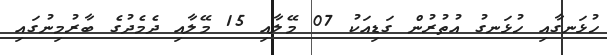
ހުޅަނގާއި ހުޅަނގު އުތުރުން ގަޑިއަކު 07 މޭލާއި 15 މޭލާއި ދެމެދުގެ ބާރުމިނުގައި